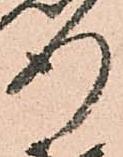
行